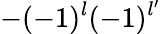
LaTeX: -(-1)^{l}(-1)^{l^{\prime}}